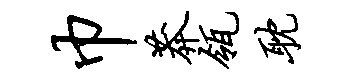
巾莽瓴耽